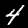
Label: 4